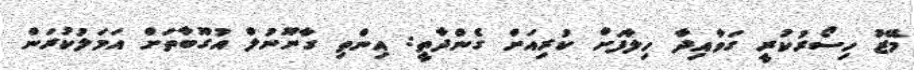
މޭޒު ހިސޯރުކުރީ ގަވާއިދާ ހިލާފަށް ކުރިއަށް ގެންދާތީ: އިންތި ގާނޫނުލް އުގޫބާތަށް އަމަލުކުރަން